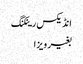
انڈیکس رینکنگ
بغیر ویزا